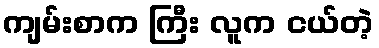
ကျမ်းစာက ကြီး လူက ငယ်တဲ့